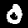
Digit: 0